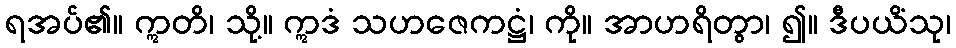
ရအပ်၏။ ဣတိ၊ သို့။ ဣဒံ သဟဇေကဋ္ဌံ၊ ကို။ အာဟရိတွာ၊ ၍။ ဒီပယိံသု၊